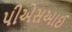
પીએસઆઈ